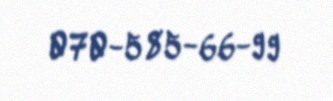
070-585-66-99